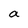
Character: a